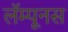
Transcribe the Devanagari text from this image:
लॅम्पूनस